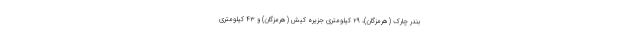
بندر چارک (هرمزگان)، ۲۹ کیلومتری جزیره کیش (هرمزگان) و ۴۳ کیلومتری